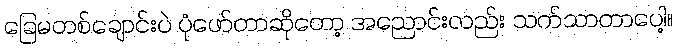
ခြေမတစ်ချောင်းပဲ ပုံဖော်တာဆိုတော့ အညောင်းလည်း သက်သာတာပေါ့။